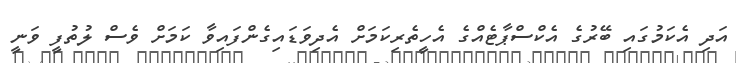
އަދި އެކަމުގައި ބޭރުގެ އެކްސްޕާޓެއްގެ އެހީތެރިކަމަށް އެދިވަޑައިގެންފައިވާ ކަމަށް ވެސް ލުތުފީ ވަނީ